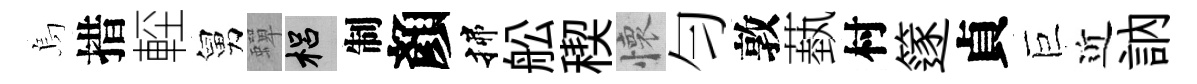
烏措䡖舅蟬梠制顏揲舩稧懷匀敦蓺村篴貞巨近訥